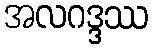
အလဂဒ္ဒဿ